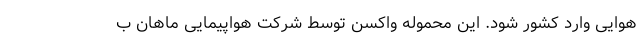
هوایی وارد کشور شود. این محموله واکسن توسط شرکت هواپیمایی ماهان ب